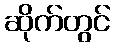
ဆိုက်တွင်